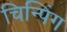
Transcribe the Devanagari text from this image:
चिन्पिंग